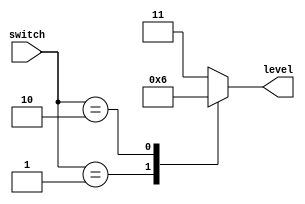
`timescale 1ns / 1ps
module level (level, switch);
    output reg [1:0] level;
    input [1:0] switch;

    always @(*) begin
        case (switch)
            2'b01: level = 2'b01;
            2'b10: level = 2'b10;
            default: level = 2'b11;
        endcase
    end
endmodule